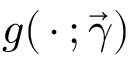
g ( \, \cdot \, ; \vec { \gamma } )